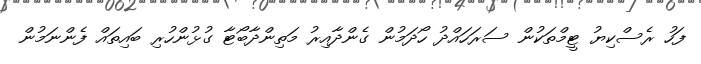
ފަހު ރެސްކިޔު ޓީމްތަކުން ސަރަހައްދު ހޯދަމުން ގެންދާއިރު މަތިންދާބޯޓާ ގުޅުންހުރި ބައިތައް ފެންނަމުން